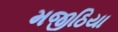
મજીઠિયા